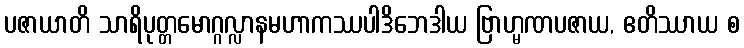
ပဇာယာတိ သာရိပုတ္တမောဂ္ဂလ္လာနမဟာကဿပါဒိဘေဒါယ ဗြာဟ္မဏပဇာယ, ဧတိဿာယ စ